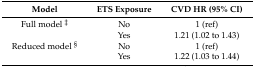
| Model | ETS Exposure | CVD HR (95% CI) |
 | --- | --- | --- |
 | Full model ‡ | No | 1 (ref) |
 |  | Yes | 1.21 (1.02 to 1.43) |
 | Reduced model § | No | 1 (ref) |
 |  | Yes | 1.22 (1.03 to 1.44) |